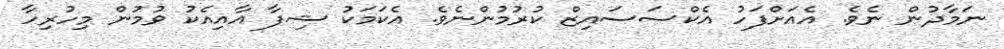
ނަމާދުން ނެވެ. އެއަށްފަހު އެކްސަސައިޒް ކުރުމުންނެވެ. އެކަމަކު ޝިފާ އާއިއެކު ވުމުން މިހުރިހާ